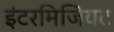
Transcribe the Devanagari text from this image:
इंटरमिजियट